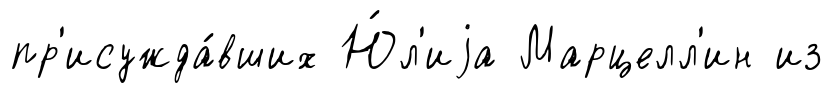
пр'исужда́вших Ю́л'иjа Марцелл'ин из